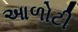
આળોટી